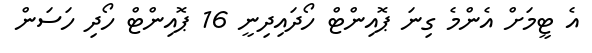
އެ ޓީމަށް އެންމެ ގިނަ ޕޮއިންޓް ހޯދައިދިނީ 16 ޕޮއިންޓް ހޯދި ހަސަން